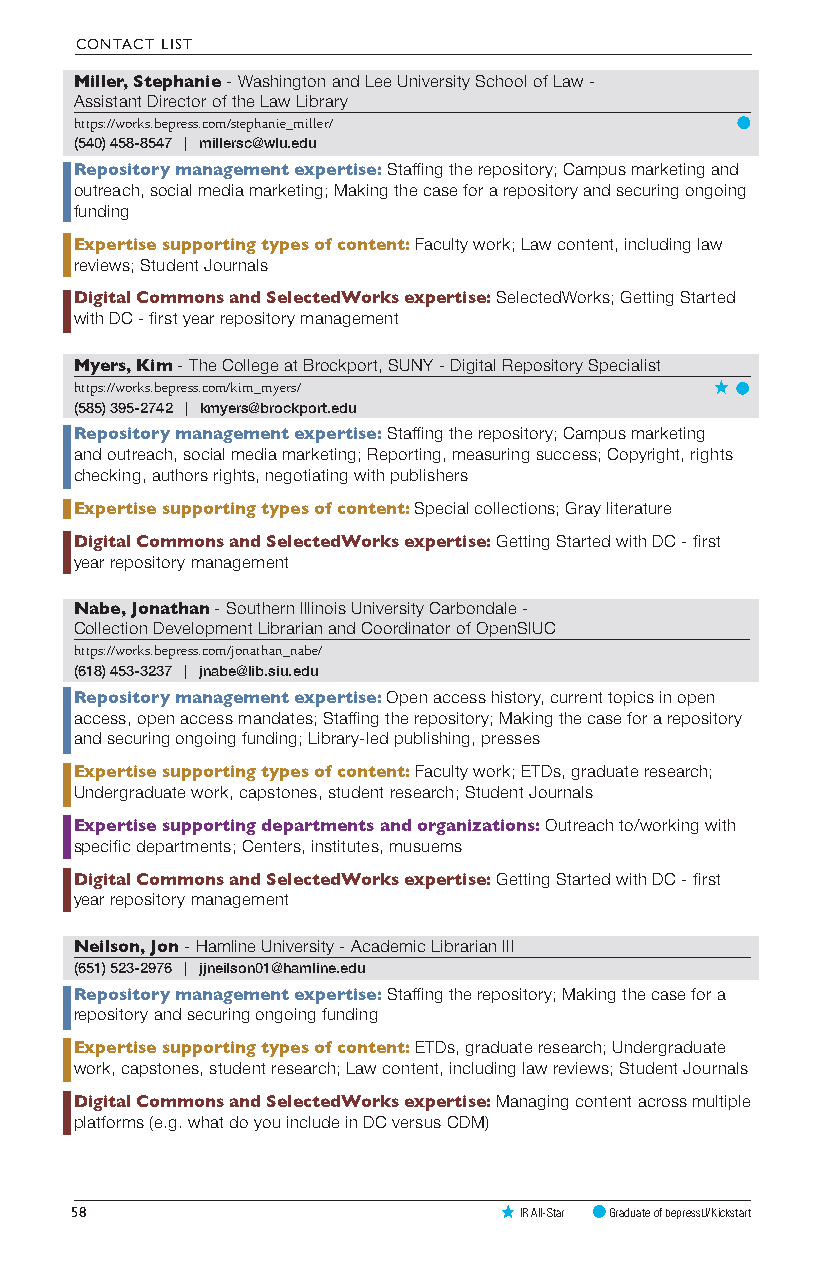
CONTACT LIST
 Miller, Stephanie - Washington and Lee University School of Law -
 Assistant Director of the Law Library
 https://works.bepress.com/stephanie_miller/
 (540) 458-8547 | millersc@wlu.edu
 Repository management expertise: Staffing the repository; Campus marketing and
 outreach, social media marketing; Making the case for a repository and securing ongoing
 funding
 Expertise supporting types of content: Faculty work; Law content, including law
 reviews; Student Journals
 Digital Commons and SelectedWorks expertise: SelectedWorks; Getting Started
 with DC - first year repository management
 Myers, Kim - The College at Brockport, SUNY - Digital Repository Specialist
 https://works.bepress.com/kim_myers/
 (585) 395-2742 | kmyers@brockport.edu
 Repository management expertise: Staffing the repository; Campus marketing
 and outreach, social media marketing; Reporting, measuring success; Copyright, rights
 checking, authors rights, negotiating with publishers
 Expertise supporting types of content: Special collections; Gray literature
 Digital Commons and SelectedWorks expertise: Getting Started with DC - first
 year repository management
 Nabe, Jonathan - Southern Illinois University Carbondale -
 Collection Development Librarian and Coordinator of OpenSIUC
 https://works.bepress.com/jonathan_nabe/
 (618) 453-3237 | jnabe@lib.siu.edu
 Repository management expertise: Open access history, current topics in open
 access, open access mandates; Staffing the repository; Making the case for a repository
 and securing ongoing funding; Library-led publishing, presses
 Expertise supporting types of content: Faculty work; ETDs, graduate research;
 Undergraduate work, capstones, student research; Student Journals
 Expertise supporting departments and organizations: Outreach to/working with
 specific departments; Centers, institutes, musuems
 Digital Commons and SelectedWorks expertise: Getting Started with DC - first
 year repository management
 Neilson, Jon - Hamline University - Academic Librarian III
 (651) 523-2976 | jjneilson01@hamline.edu
 Repository management expertise: Staffing the repository; Making the case for a
 repository and securing ongoing funding
 Expertise supporting types of content: ETDs, graduate research; Undergraduate
 work, capstones, student research; Law content, including law reviews; Student Journals
 Digital Commons and SelectedWorks expertise: Managing content across multiple
 platforms (e.g. what do you include in DC versus CDM)
 58                           IR All-Star Graduate of bepressU/Kickstart